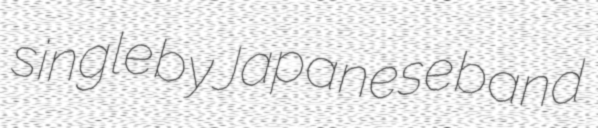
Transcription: single by Japanese band